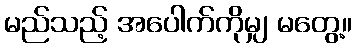
မည်သည့် အပေါက်ကိုမျှ မတွေ့။